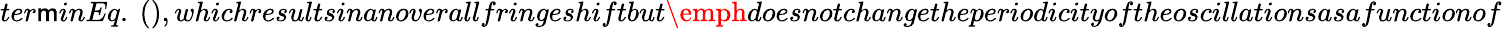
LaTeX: ter\mathsf{m}inEq.\ (),whichresultsinanoverallfringeshiftbut\emph{{doesnotchange}}theperiodicityoftheoscillationsasafunctionof